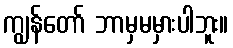
ကျွန်တော် ဘာမှမမှားပါဘူး။